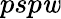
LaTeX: psp\mathit{w}